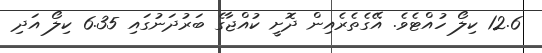
12.6 ކިލޯ ހުއްޓެވެ. އޭގެތެރެއިން ދޮށީ ކުއްޖާގެ ބަރުދަނުގައި 6.35 ކިލޯ އަދި